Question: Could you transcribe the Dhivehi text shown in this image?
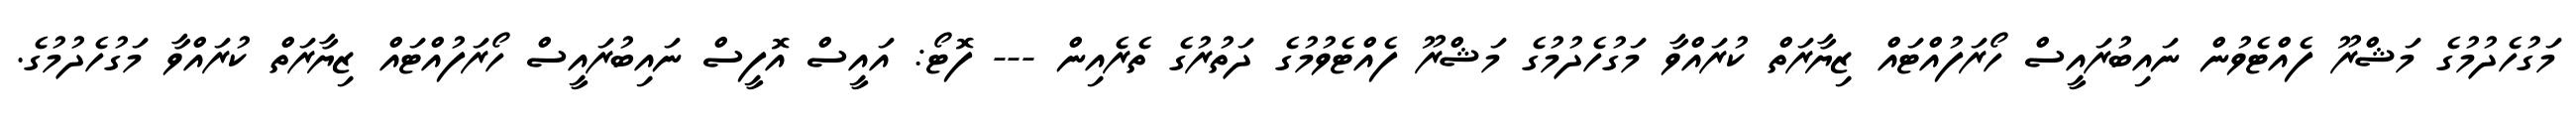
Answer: މަގުހެދުމުގެ މަޝްރޫ ފެއްޓެވުން ނައިބުރައީސް ހޯރަފުއްޓައް ޒިޔާރަތް ކުރައްވާ މަގުހެދުމުގެ މަޝްރޫ ފެއްޓެވުމުގެ ދަތުރުގެ ތެރެއިން --- ފޮޓޯ: އައީސް އޮފީސް ނައިބުރައީސް ހޯރަފުއްޓައް ޒިޔާރަތް ކުރައްވާ މަގުހެދުމުގެ.